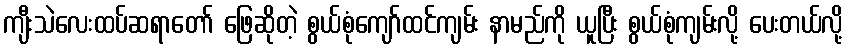
ကျီးသဲလေးထပ်ဆရာတော် ဖြေဆိုတဲ့ စွယ်စုံကျော်ထင်ကျမ်း နာမည်ကို ယူပြီး စွယ်စုံကျမ်းလို့ ပေးတယ်လို့